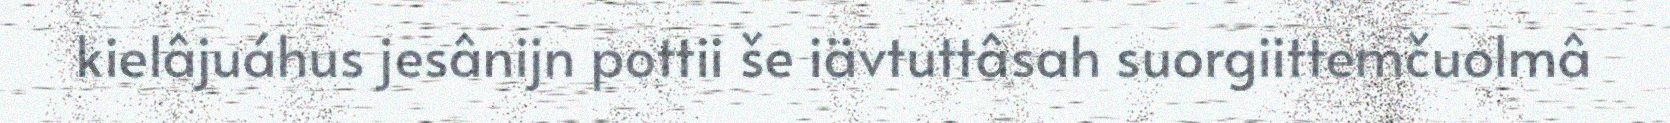
kielâjuáhus jesânijn pottii še iävtuttâsah suorgiittemčuolmâ